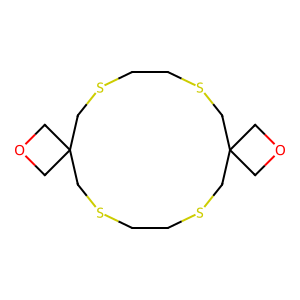
SMILES: C1CSCC2(COC2)CSCCSCC2(COC2)CS1
Inhibits HIV replication: No